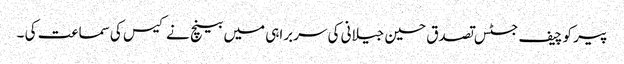
پیر کو چیف جسٹس تصدق حسین جیلانی کی سربراہی میں بینچ نے کیس کی سماعت کی ۔